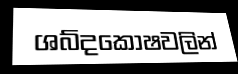
ශබ්දකෝෂවලින්